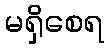
မရှိစေရ